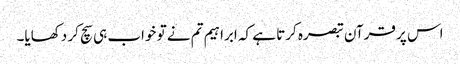
اس پر قرآن تبصرہ کرتا ہے کہ ابراہیم تم نے تو خواب ہی سچ کر دکھایا۔